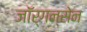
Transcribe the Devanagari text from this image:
जॉर्गन्सेन